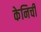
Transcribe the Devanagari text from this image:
केनिची